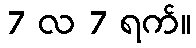
7 လ 7 ရက်။